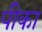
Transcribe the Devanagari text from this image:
पीका